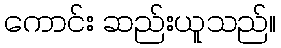
ကောင်း ဆည်းယူသည်။